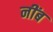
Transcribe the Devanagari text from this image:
नींब